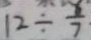
1 2 \div \frac { 6 } { 7 } \cdot